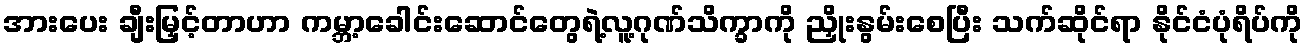
အားပေး ချီးမြှင့်တာဟာ ကမ္ဘာ့ခေါင်းဆောင်တွေရဲ့လူ့ဂုဏ်သိက္ခာကို ညှိုးနွမ်းစေပြီး သက်ဆိုင်ရာ နိုင်ငံပုံရိပ်ကို